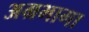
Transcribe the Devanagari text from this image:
अग्रभागा